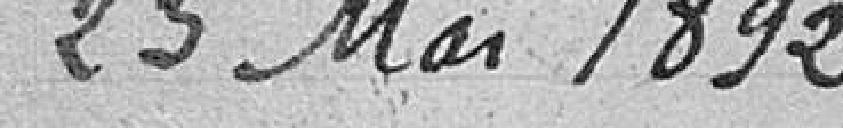
23 mai 1892